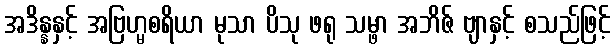
အဒိန္နနှင့် အဗြဟ္မစရိယာ မုသာ ပိသု ဖရု သမ္ဖာ အဘိဇ် ဗျာနှင့် စသည်ဖြင့်